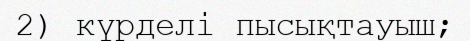
2) күрделі пысықтауыш;